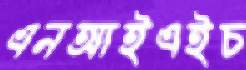
এনআইএইচ